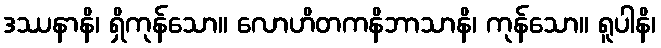
ဒဿနာနိ၊ ရှိကုန်သော။ လောဟိတကနိဘာသာနိ၊ ကုန်သော။ ရူပါနိ၊